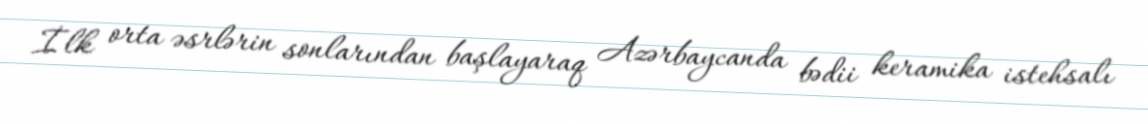
İlk orta əsrlərin sonlarından başlayaraq Azərbaycanda bədii keramika istehsalı